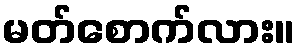
မတ်စောက်လား။